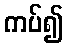
ကပ်၍